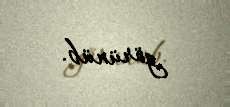
görünüb.